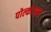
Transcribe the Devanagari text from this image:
पोल्काजला